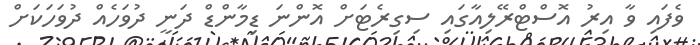
ވެފައި ވާ އިރު އޮސްޓްރޭލިއާގައި ސިގިރެޓަށް އޮންނަ ޑިމާންޑް ދަނީ ދުވަހެއް ދުވަހަކަށް